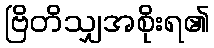
ဗြိတိသျှအစိုးရ၏